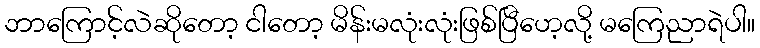
ဘာကြောင့်လဲဆိုတော့ ငါတော့ မိန်းမလုံးလုံးဖြစ်ပြီဟေ့လို့ မကြေညာရဲပါ။